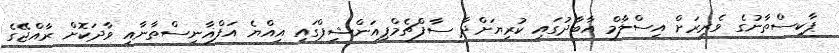
ޕާކިސްތާނުގެ ވެރިރަށް އިސްލާމް އާބާދުގައި ކުރިޔަށްދާ ސާފްޗެމްޕިއަންޝިޕްގައި އިއްޔެ އަފްޣާނިސްތާނާއި ވާދަކޮށް ރާއްޖޭގެ